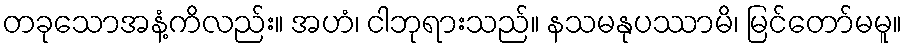
တခုသောအနံ့ကိလည်း။ အဟံ၊ ငါဘုရားသည်။ နသမနုပဿာမိ၊ မြင်တော်မမူ။